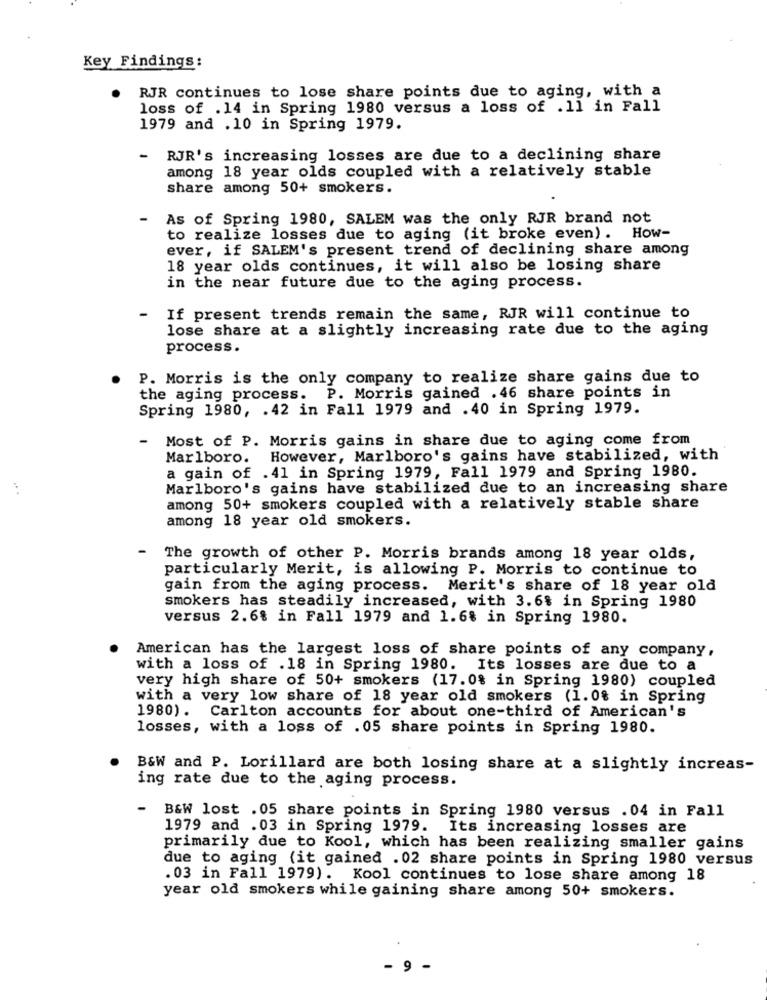
Key Findings:
RJR continues to lose share points due to aging, with a
loss of .14 in Spring 1980 versus a loss of .1l in Fall
1979 and .10 in Spring 1979.
-
RJR's increasing losses are due to a declining share
among 18 year olds coupled with a relatively stable
share among 50+ smokers.
-
As of Spring 1980, SALEM was the only RJR brand not
to realize losses due to aging (it broke even) . How-
ever, if SALEM's present trend of declining share among
18 year olds continues, it will also be losing share
in the near future due to the aging process.
-
If present trends remain the same, RJR will continue to
lose share at a slightly increasing rate due to the aging
process.
P. Morris is the only company to realize share gains due to
the aging process.
P. Morris gained . 46 share points in
Spring 1980, . 42 in Fall 1979 and .40 in Spring 1979.
-
Most of P. Morris gains in share due to aging come from
Marlboro.
However, Marlboro's gains have stabilized, with
a gain of .41 in Spring 1979, Fall 1979 and Spring 1980.
Marlboro's gains have stabilized due to an increasing share
among 50+ smokers coupled with a relatively stable share
among 18 year old smokers.
-
The growth of other P. Morris brands among 18 year olds,
particularly Merit, is allowing P. Morris to continue to
gain from the aging process. Merit's share of 18 year old
smokers has steadily increased, with 3.6% in Spring 1980
versus 2.6% in Fall 1979 and 1.6% in Spring 1980.
American has the largest loss of share points of any company,
with a loss of .18 in Spring 1980. Its losses are due to a
very high share of 50+ smokers (17.0% in Spring 1980) coupled
with a very low share of 18 year old smokers (1.0% in Spring
1980). Carlton accounts for about one-third of American's
losses, with a loss of .05 share points in Spring 1980.
B&W and P. Lorillard are both losing share at a slightly increas-
ing rate due to the aging process.
-
B&W lost . 05 share points in Spring 1980 versus .04 in Fall
1979 and .03 in Spring 1979. Its increasing losses are
primarily due to Kool, which has been realizing smaller gains
due to aging (it gained .02 share points in Spring 1980 versus
.03 in Fall 1979). Kool continues to lose share among 18
year old smokers while gaining share among 50+ smokers.
- 9 -